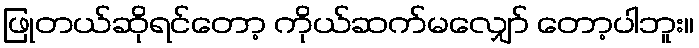
ဖြုတယ်ဆိုရင်တော့ ကိုယ်ဆက်မလျှော် တော့ပါဘူး။